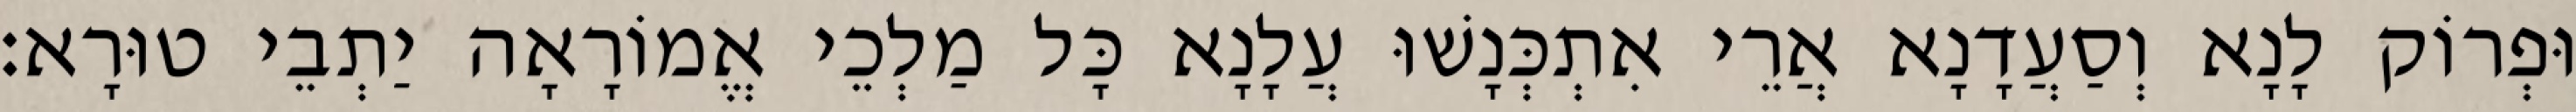
וּפְרוֹק לָנָא וְסַעֲדָנָא אֲרֵי אִתְכְּנָשׁוּ עֲלָנָא כָּל מַלְכֵי אֱמוֹרָאָה יַתְבֵי טוּרָא׃